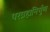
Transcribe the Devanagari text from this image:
परब्रह्मनिर्गुण